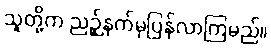
သူတို့က ညဉ့်နက်မှပြန်လာကြမည်။